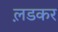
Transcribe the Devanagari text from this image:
ल़डकर